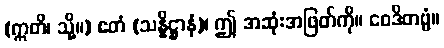
(ဣတိ၊ သို့။) ဧတံ (သန္နိဋ္ဌာနံ)၊ ဤ အဆုံးအဖြတ်ကို။ ဝေဒိတဗ္ဗံ။